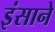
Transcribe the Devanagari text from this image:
इंसाने